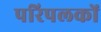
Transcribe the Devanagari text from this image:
परिपलकों